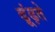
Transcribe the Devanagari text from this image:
ढ़ूंढ़ते